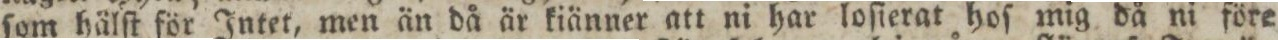
ſom hälſt för Intet, men än då är kiänner att ni har loſierat hoſ mig då ni före